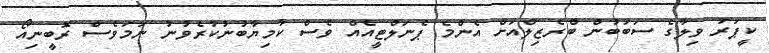
ކީޕަރު ވިލާގެ ސަބަބުން ބްރެޒިލްއަށް އެންމެ ޕެނަލްޓީއެއް ވެސް ކާމިޔާބުނުކުރެވުނު ނަމަވެސް ރޮބީނިއޯ